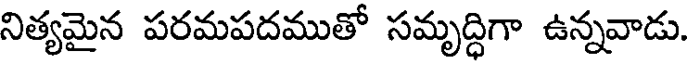
నిత్యమైన పరమపదముతో సమృద్ధిగా ఉన్నవాడు.